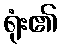
ရုံး၏